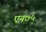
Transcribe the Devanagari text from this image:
एन७५